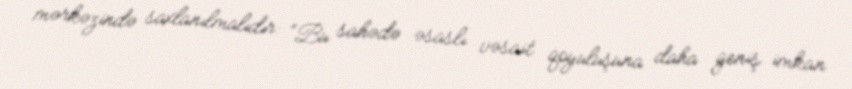
mərkəzində saxlanılmalıdır: “Bu sahədə əsaslı vəsait qoyuluşuna daha geniş imkan